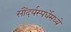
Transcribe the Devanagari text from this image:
सौंदर्यस्पर्धेमध्ये